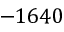
- 1 6 4 0